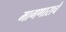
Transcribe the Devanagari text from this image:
मागणाराचे